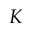
K